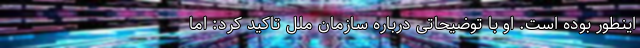
اینطور بوده است. او با توضیحاتی درباره سازمان ملل تاکید کرد: اما